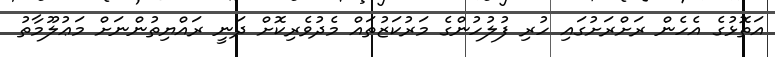
އަތޮޅުގެ އެހެން ރަށްރަށުގައި ހުރި ފުލުހުންގެ މަރުކަޒުތައް މެދުވެރިކޮށް ދަނީ ރައްޔިތުންނަށް މަޢުލޫމާތު